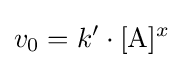
v_{0}=k'\cdot [{\rm {A}}]^{x}